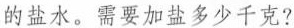
的盐水。需要加盐多少千克?